Manual of vaccination for the United Provinces of Agra and Oudh -
Year: 1903
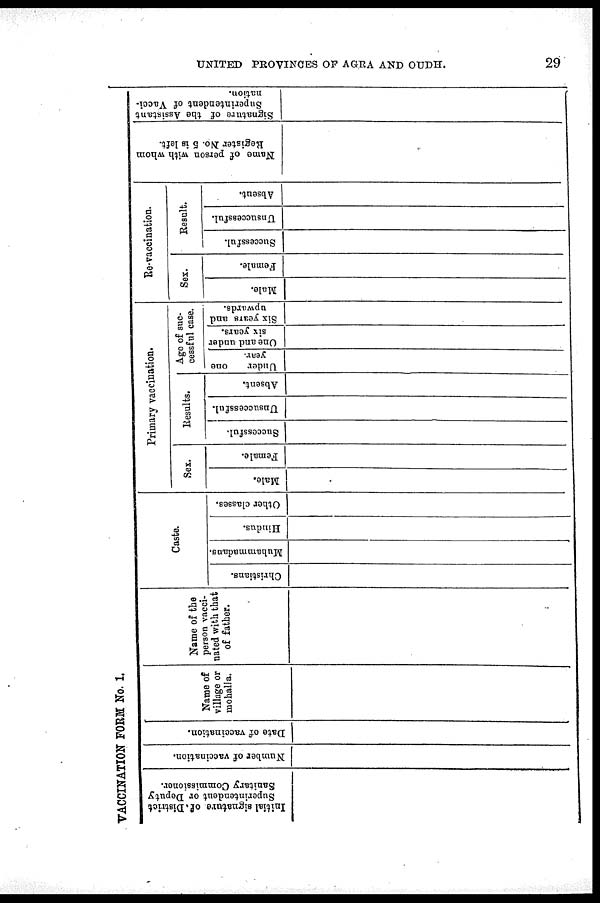
UNITED PROVINCES OF AGRA AND OUDH.
29
VACCINATION FORM No. 1.
Initial signature of District
Superintendent or Deputy
Sanitary Commissioner.
Number of vaccination.
Date of vaccination.
Name of
village or
mohalla.
Name of the
person vacci-
nated with that
of father.
Caste.
Christians.
Muhammadans.
Hindus.
Other classes.
Primary vaccination.
Sex.
Male.
Female.
Results.
Successful.
Unsuccessful.
Absent.
Age of suc-
cessful case.
Under
one
year.
One and under
six years.
Six years and
upwards.
Re-vaccination.
Sex.
Male.
Female.
Result.
Successful.
Unsuccessful.
Absent.
Name of person with whom
Register No. 5 is left.
Signature of the Assistant
Superintendent of Vacci-
nation.